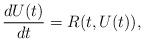
LaTeX: \begin{align*}\frac{d U(t)}{dt} = R(t, U(t)),\end{align*}